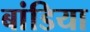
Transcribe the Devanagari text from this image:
बांडिया